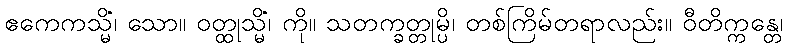
ဧကေကသ္မိံ၊ သော။ ဝတ္ထုသ္မိံ၊ ကို။ သတက္ခတ္တုမ္ပိ၊ တစ်ကြိမ်တရာလည်း။ ဝီတိက္ကန္တေ၊